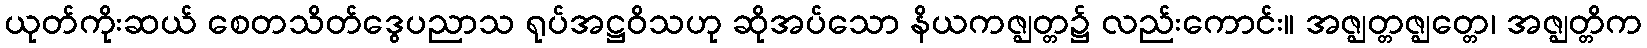
ယုတ်ကိုးဆယ် စေတသိတ်ဒွေပညာသ ရုပ်အဋ္ဌဝိသဟု ဆိုအပ်သော နိယကဇ္ဈတ္တ၌ လည်းကောင်း။ အဇ္ဈတ္တဇ္ဈတ္တေ၊ အဇ္ဈတ္တိက